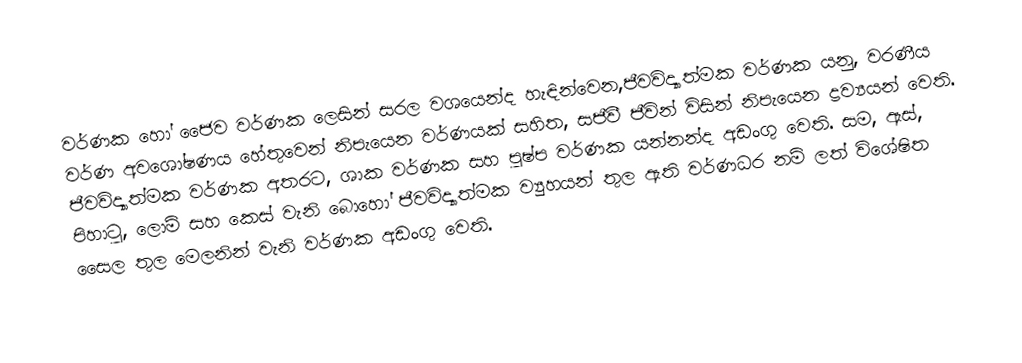
වර්ණක හෝ  ජෛව වර්ණක ලෙසින් සරල වශයෙන්ද හැඳින්වෙන,ජීවවිද්‍යාත්මක වර්ණක  යනු, වරණීය වර්ණ අවශෝෂණය හේතුවෙන් නිපැයෙන වර්ණයක් සහිත,  සජීවී ජීවින් විසින් නිපැයෙන ද්‍රව්‍යයන් වෙති. ජීවවිද්‍යාත්මක වර්ණක අතරට, ශාක වර්ණක සහ පුෂ්ප වර්ණක යන්නන්ද අඩංගු වෙති. සම, ඇස්, පිහාටු, ලොම් සහ කෙස් වැනි බොහෝ ජීවවිද්‍යාත්මක ව්‍යුහයන් තුල ඇති වර්ණධර නම් ලත් විශේෂිත සෛල තුල  මෙලනින් වැනි වර්ණක අඩංගු වෙති.